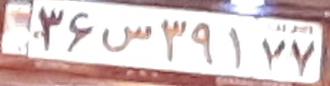
۳۶س۳۹۱۷۷